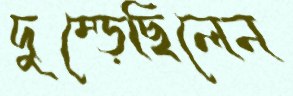
দুম্‌ড়েছিলেন